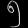
Digit: ၅